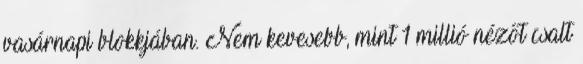
vasárnapi blokkjában. Nem kevesebb, mint 1 millió nézőt csalt